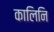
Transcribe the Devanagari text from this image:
कालिनि